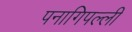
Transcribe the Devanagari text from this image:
पनागिपल्ली